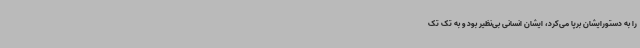
را به دستورایشان برپا می‌کرد، ایشان انسانی بی‌نظیر بود و به تک تک